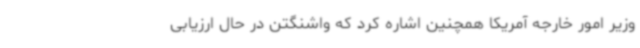
وزیر امور خارجه آمریکا همچنین اشاره کرد که واشنگتن در حال ارزیابی